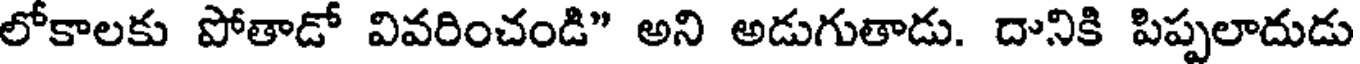
లోకాలకు పోతాడో వివరించండి" అని అడుగుతాడు. దానికి పిప్పలాదుడు